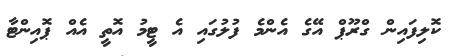
ކޮލިފައިން ގްރޫޕް އޭގެ އެންމެ ފުލުގައި އެ ޓީމު އޮތީ އެއް ޕޮއިންޓާ